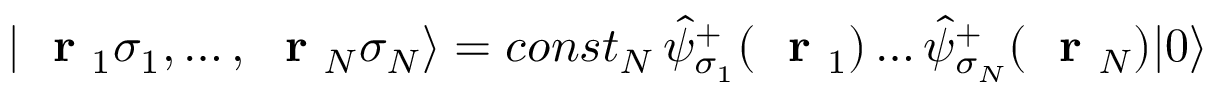
| \mathrm { ~ \bf ~ r ~ } _ { 1 } \sigma _ { 1 } , \dots , \mathrm { ~ \bf ~ r ~ } _ { N } \sigma _ { N } \rangle = c o n s t _ { N } \, \hat { \psi } _ { \sigma _ { 1 } } ^ { + } ( \mathrm { ~ \bf ~ r ~ } _ { 1 } ) \dots \hat { \psi } _ { \sigma _ { N } } ^ { + } ( \mathrm { ~ \bf ~ r ~ } _ { N } ) | 0 \rangle